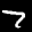
Label: 7